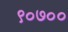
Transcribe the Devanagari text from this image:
९०७००